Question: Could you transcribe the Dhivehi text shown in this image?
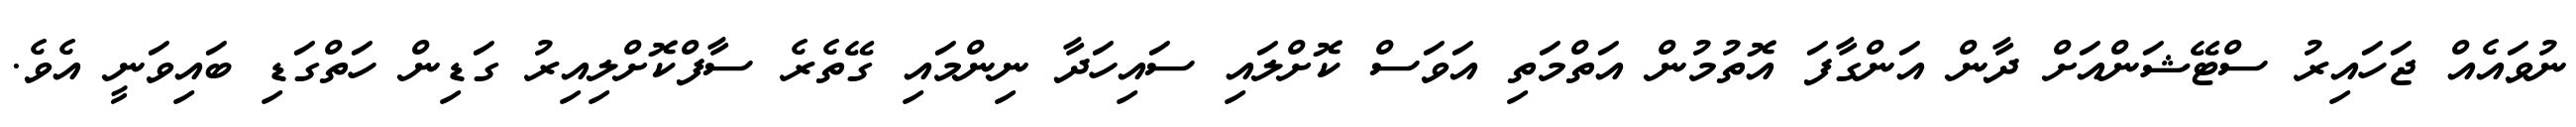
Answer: ނުވައެއް ޖަހައިރު ސްޓޭޝަންއަށް ދާން އަންގާފަ އޮތުމުން އަތްމަތި އަވަސް ކޮށްލައި ސައިހަދާ ނިންމައި ގޭތެރެ ސާފްކޮށްލިއިރު ގަޑިން ހަތްގަޑި ބައިވަނީ އެވެ.